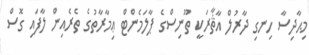
މިޙާދިސާ ހިނގި ދާރުލް އާޘާރަކީ ތޫނިސްގެ ޕާލަމެންޓް ޢިމާރާތުގެ ތެރެއިން ލާފައި ގޮސް